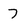
Character: 7